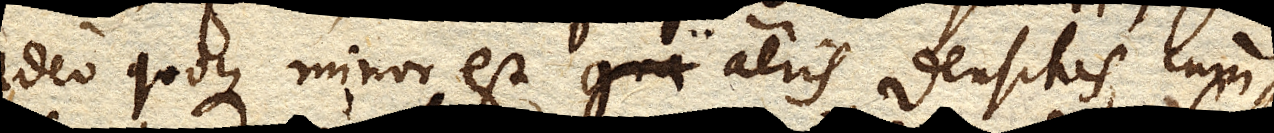
ideo quoque minor est aeris densitas, cum